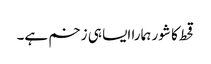
قحط کا شور ہمارا ایسا ہی زخم ہے۔